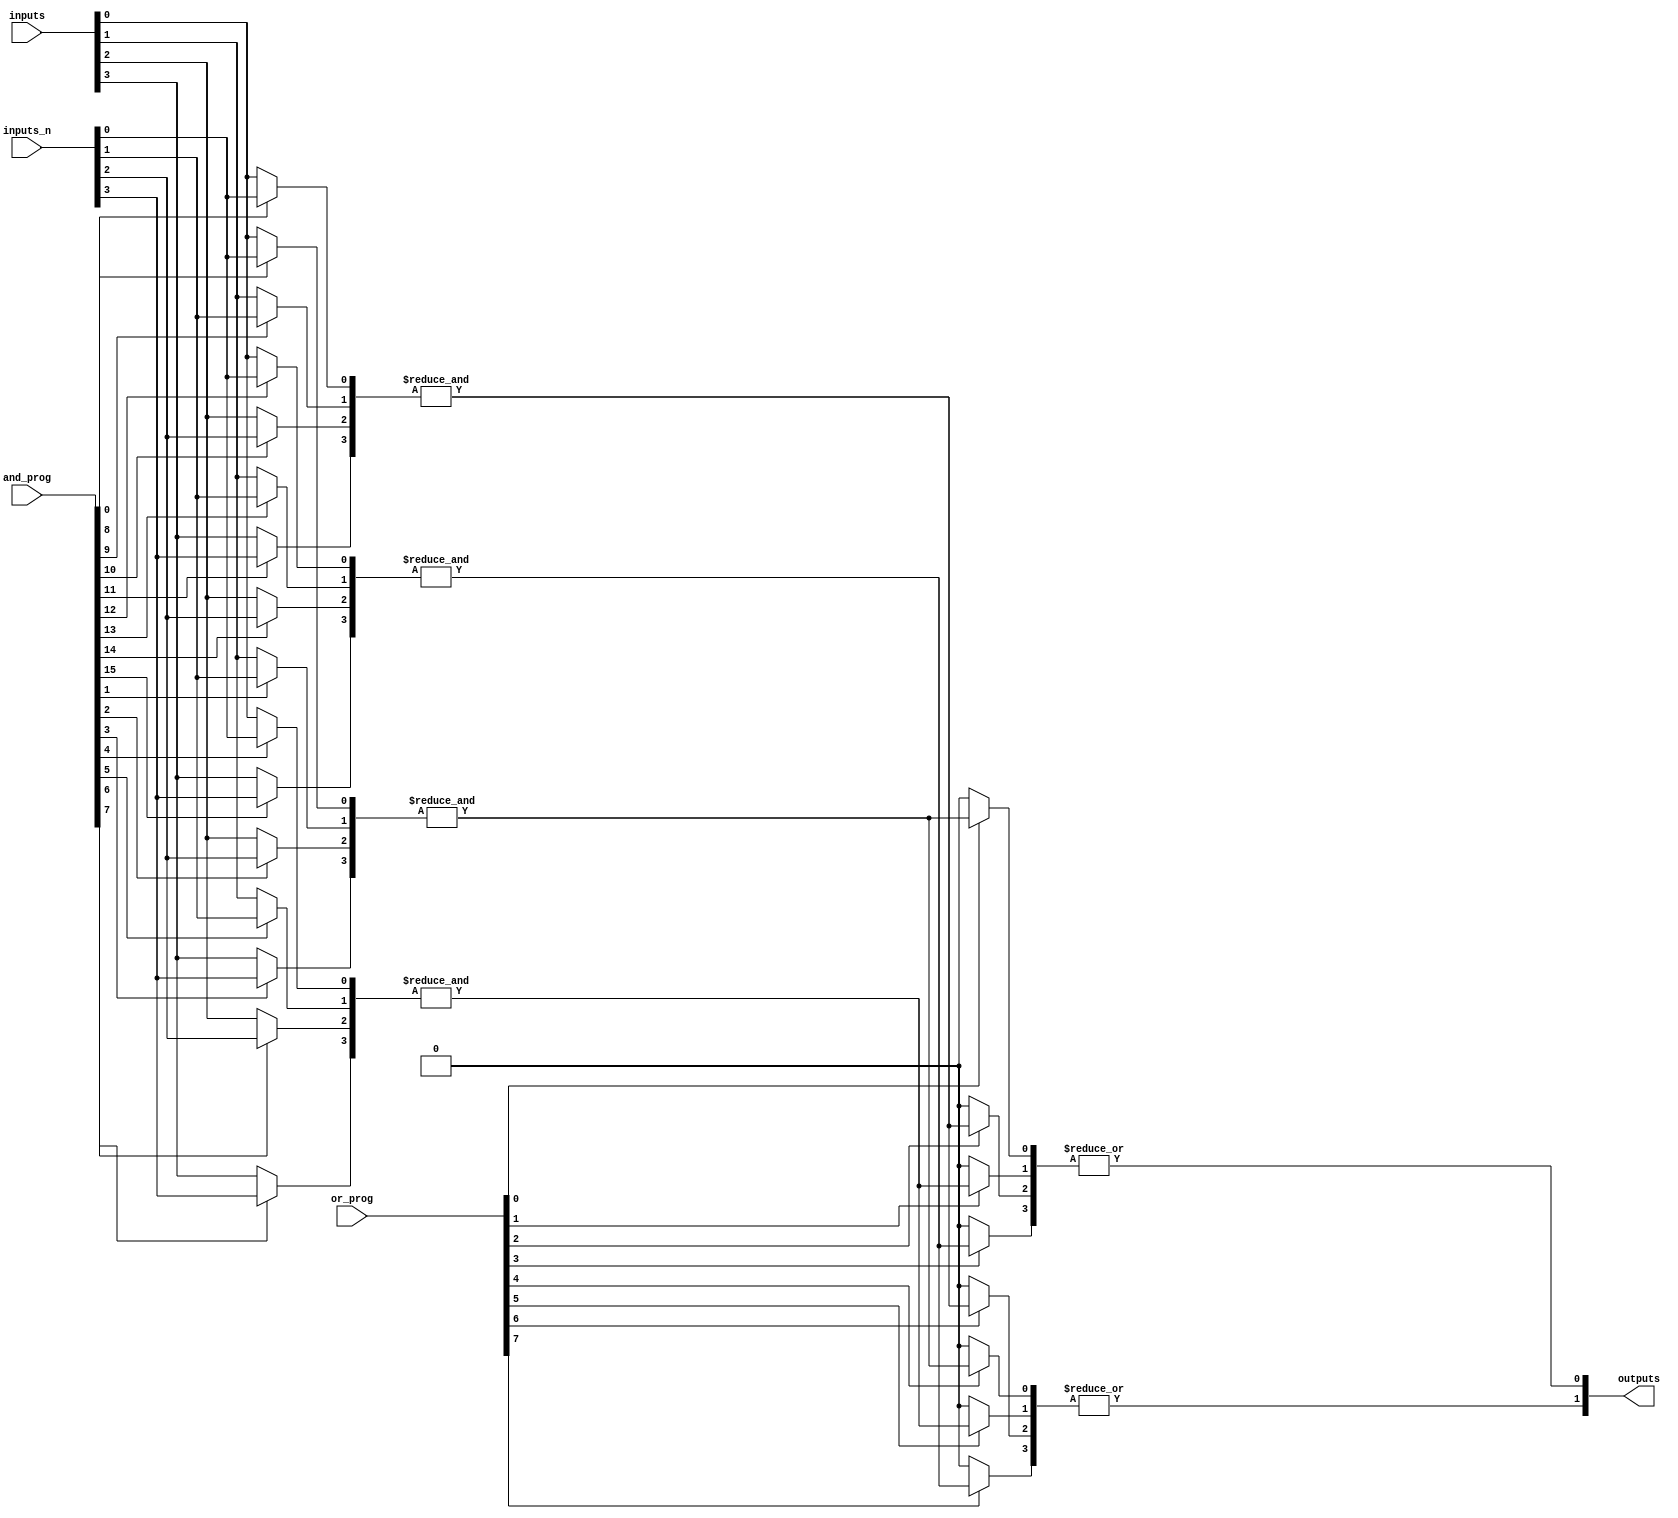
module PLA #(
    parameter N = 4, // Number of inputs
    parameter P = 4, // Number of programmable AND gates
    parameter M = 2, // Number of outputs
    parameter Q = 2  // Number of programmable OR gates
)(
    input  [N-1:0]  inputs,      // Input lines (direct)
    input  [N-1:0]  inputs_n,    // Input lines (inverted)
    input  [P*N-1:0] and_prog,   // Programming connections for AND gates
    input  [Q*P-1:0] or_prog,     // Programming connections for OR gates
    output [M-1:0] outputs        // Output lines
);

    // Declare internal signals for the AND gates
    wire [P-1:0] and_out; // Output from AND gates
    wire [Q-1:0] or_out;  // Output from OR gates

    // Generate AND gate outputs based on programming
    genvar i, j;
    generate
        for (i = 0; i < P; i = i + 1) begin : and_gates
            wire [N-1:0] and_inputs;
            // Select inputs based on programming
            for (j = 0; j < N; j = j + 1) begin : input_selection
                assign and_inputs[j] = and_prog[i*N + j] ? inputs_n[j] : inputs[j];
            end

            // AND gate logic
            assign and_out[i] = &and_inputs; // AND operation over selected inputs
        end
    endgenerate

    // Generate OR gate outputs based on programming
    generate
        for (i = 0; i < M; i = i + 1) begin : or_gates
            wire [P-1:0] or_inputs;
            // Select AND gate outputs based on programming
            for (j = 0; j < P; j = j + 1) begin : and_selection
                assign or_inputs[j] = or_prog[i*P + j] ? and_out[j] : 1'b0; // Select AND gate outputs
            end

            // OR gate logic
            assign outputs[i] = |or_inputs; // OR operation over selected AND gate outputs
        end
    endgenerate

endmodule